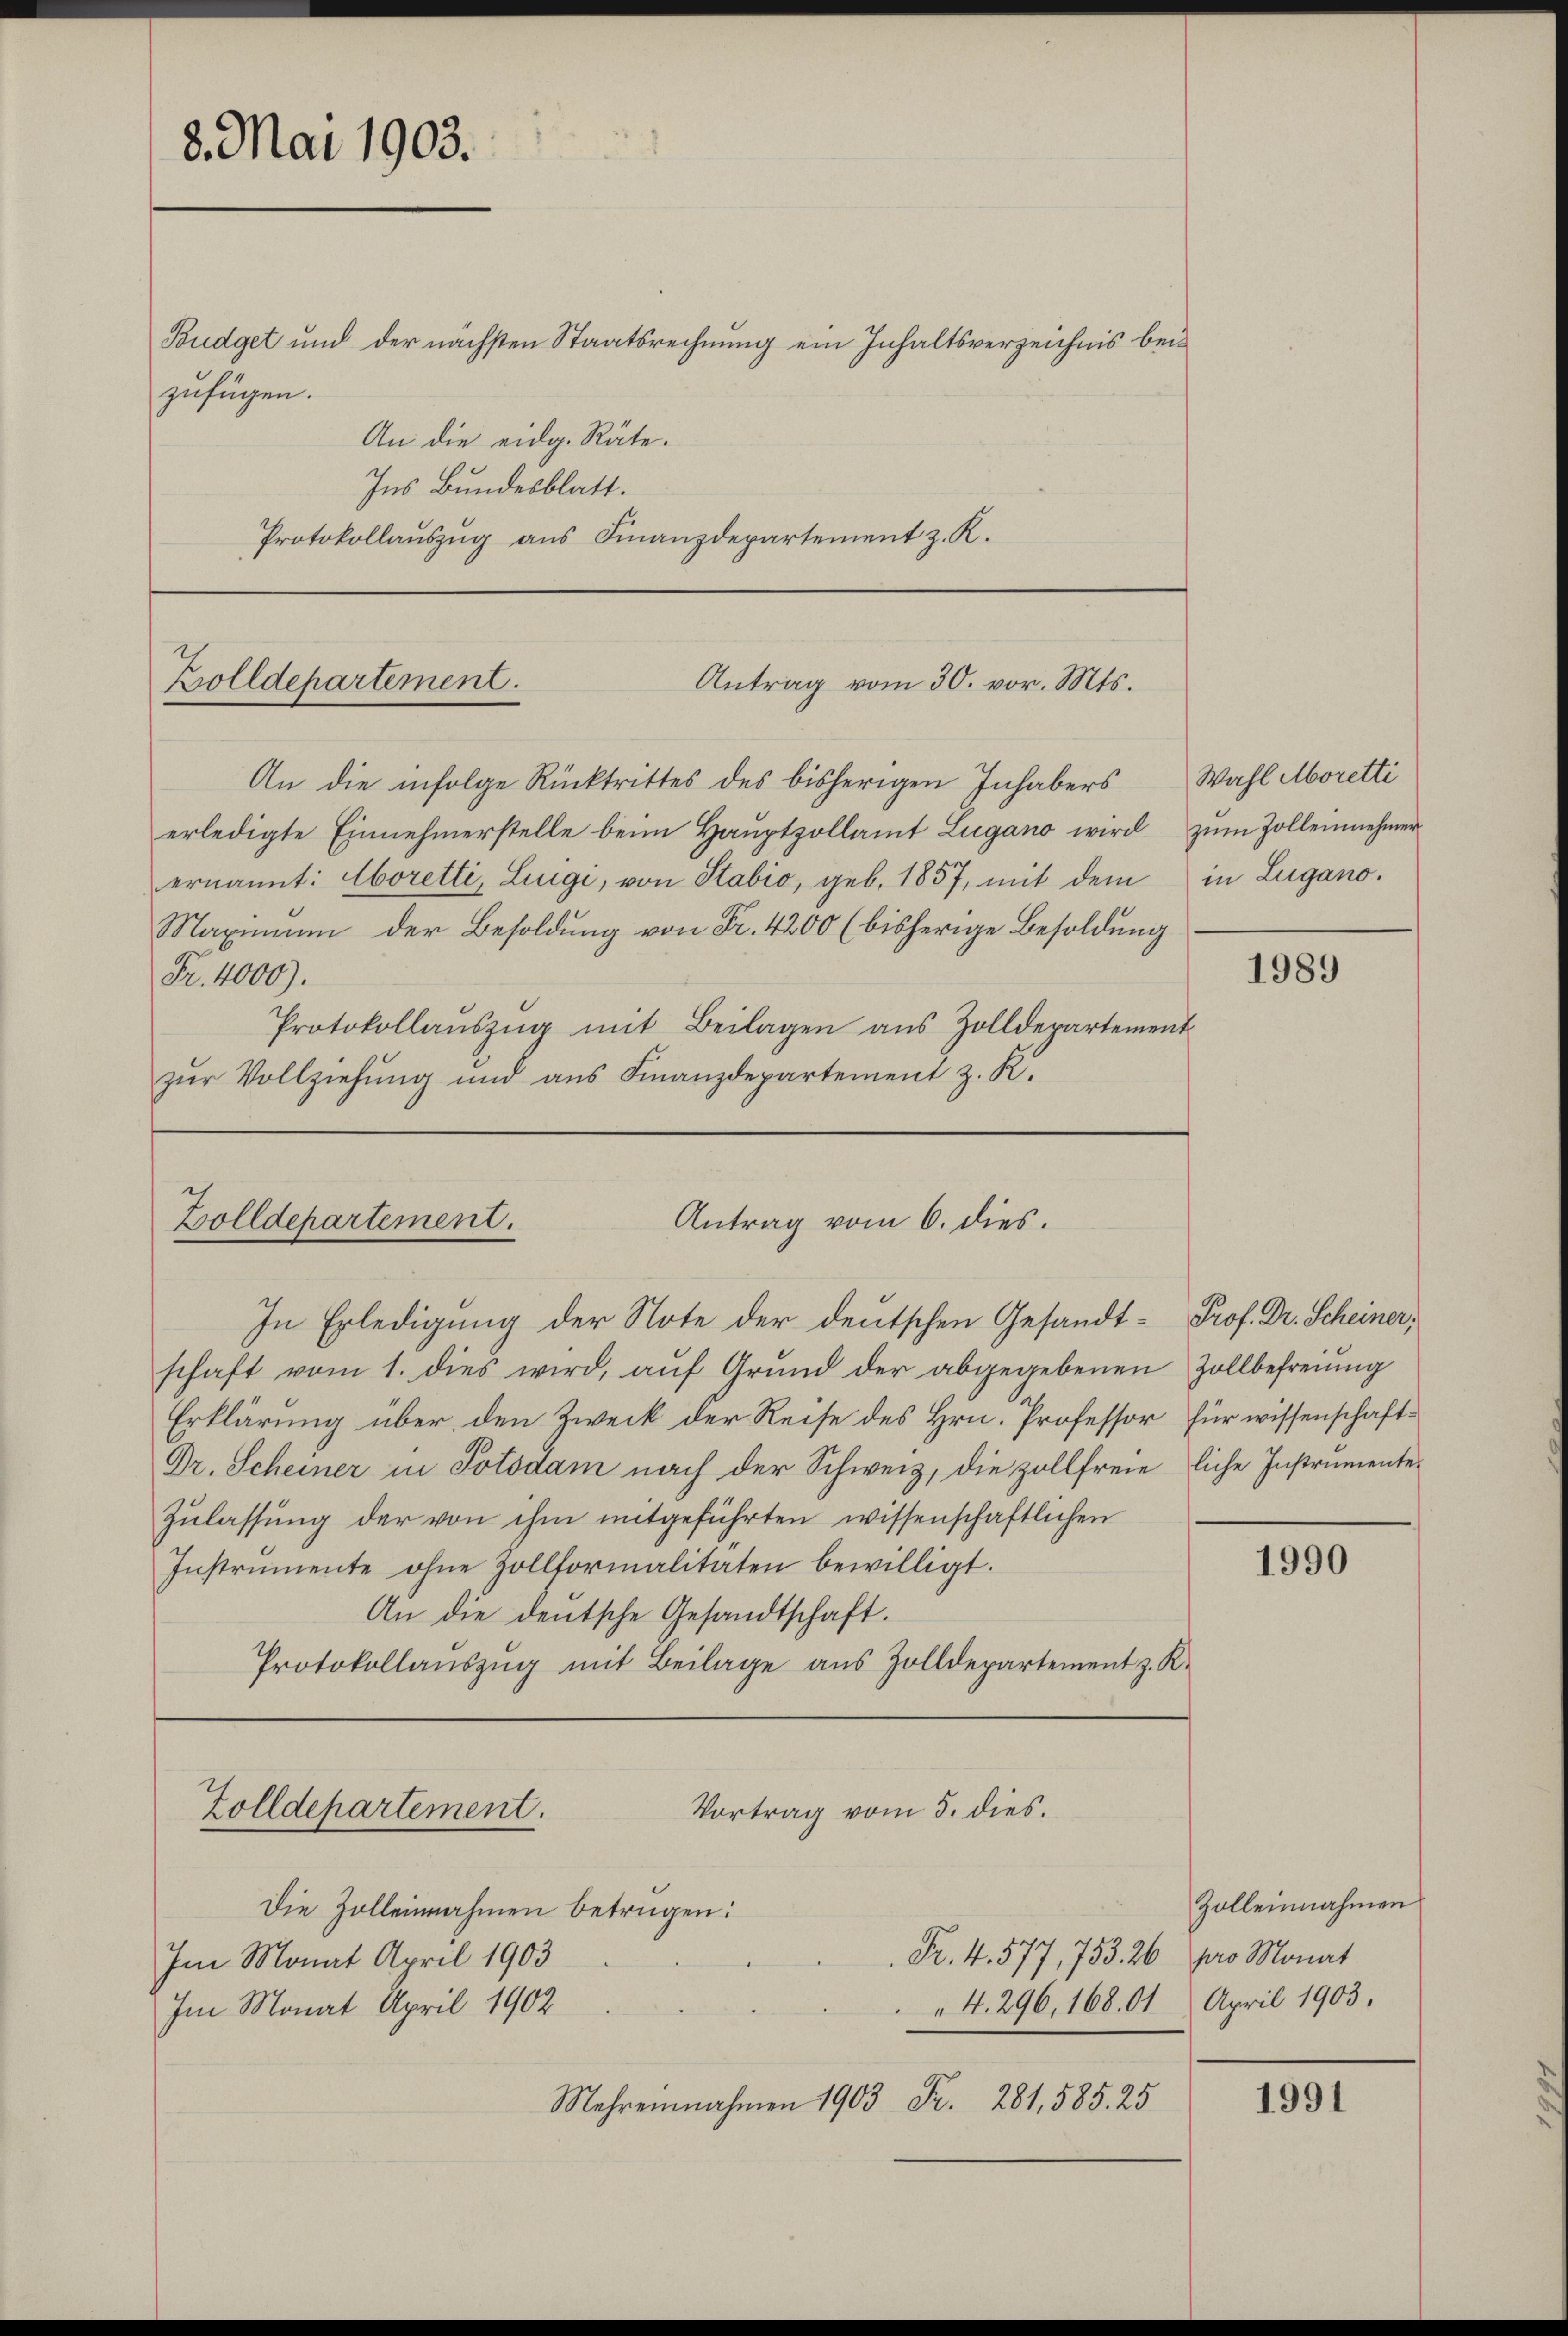
8. Mai 1903.

zufügen.
Ins Bundesblatt.
Protokollauszug aus Finanzdepartement z. K.

An die infolge Rücktrittes des bisherigen Inhabers
erledigte Einnehmerstelle beim Hauptzollamt Lugano wird zum Zolleinnehmerernannt: Aboretti, Luigi, von Stabio, geb. 1857, mit dem in Lugano.
Maximum der Besoldung von Fr. 4200 (bisherige Besoldung
Fr. 4000).
Protokollaŭszŭg mit Beilagen aus Zolldepartement
zŭr Vollziehŭng und ans Finanzdepartement z. K.

Budget und der nächsten Staatsrechnung ein Inhaltsverzeichnis bei¬
An die eidg. Räte.

Antrag vom 30. vor. Mts.
Zolldepartement.

Antrag vom 6. dies.
Zolldepartement.

Im Monat April 1903
Im Monat April 1902

Die Zolleinnahmen betrügen:

In Erledigung der Note der deutschen Gesandt- Prof. Dr. Scheiner,
schaft vom 1. dies wird, auf Grund der abgegebenen Zollbefreiung
Erklärung über den Zweck der Reise des Hrn. Professor für wissenschaft¬
Dr. Scheiner in Potsdam nach der Schweiz, die zollfreie liche Instrumente
Zulassung der von ihm mitgeführten wissenschaftlichen
Instrumente ohne Zollformalitäten bewilligt.
An die deutsche Gesandtschaft.
Protokollaŭszŭg mit Beilage aus Zolldepartement z. K.
Vortrag vom 5. dies.
Zolldepartement.

Mehreinnahmen 1903 Fr. 281,585. 25

Wahl Moretti

1989

1990

Zolleinnahmen
Fr. 4. 577, 753. 26 pro Monat
4. 296, 168. 61 April 1903.

1991